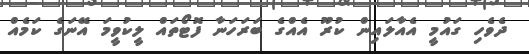
ދެވެހި ގައުމީ އެއާލައިން ކުރޫ އެއްގެ ބަރަހަނާ ފޮޓޯތައް ލީކުވީމަ އޭނަގެ ކަމެއް